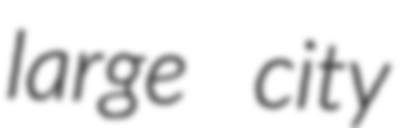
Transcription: large city